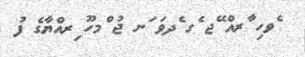
ެވހި ާރއް ޭޖ ެގ ެދވަ ަނ ޖު ްމހޫ ިރއްޔާގެ ފު